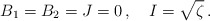
\begin{align*}B_1=B_2=J=0\,,\quad I=\sqrt{\zeta}\,.\end{align*}